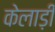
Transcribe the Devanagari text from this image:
केलाड़ी